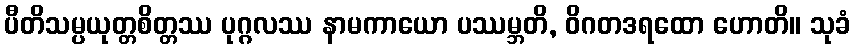
ပီတိသမ္ပယုတ္တစိတ္တဿ ပုဂ္ဂလဿ နာမကာယော ပဿမ္ဘတိ, ဝိဂတဒရထော ဟောတိ။ သုခံ